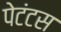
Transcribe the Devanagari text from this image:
पेटंटस